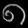
Digit: ၈